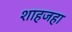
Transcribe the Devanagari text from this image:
शाहजहा